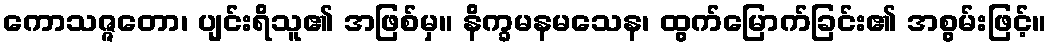
ကောသဇ္ဇတော၊ ပျင်းရိသူ၏ အဖြစ်မှ။ နိက္ခမနမသေန၊ ထွက်မြောက်ခြင်း၏ အစွမ်းဖြင့်။